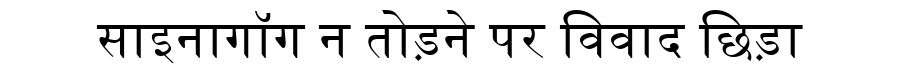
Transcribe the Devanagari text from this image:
साइनागॉग न तोड़ने पर विवाद छिड़ा